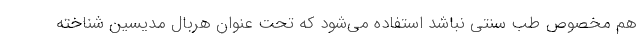
هم مخصوص طب سنتی نباشد استفاده می‌شود که تحت عنوان هربال مدیسین شناخته